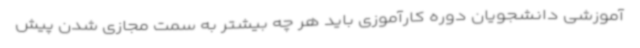
آموزشی دانشجویان دوره کارآموزی باید هر چه بیشتر به سمت مجازی شدن پیش